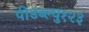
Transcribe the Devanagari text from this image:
पीडब्ल्यु१२३